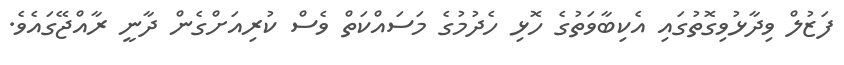
ފަޒުލް ވިދާޅުވިގޮތުގައި އެކިބާވަތުގެ ހޮޅި ހެދުމުގެ މަސައްކަތް ވެސް ކުރިއަށްގެން ދާނީ ރާއްޖޭގައެވެ.